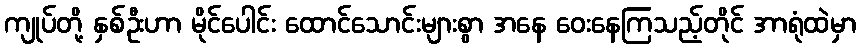
ကျုပ်တို့ နှစ်ဦးဟာ မိုင်ပေါင်း ထောင်သောင်းများစွာ အနေ ဝေးနေကြသည့်တိုင် အာရုံထဲမှာ